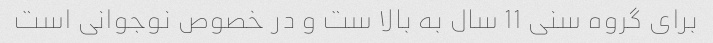
برای گروه سنی 11 سال به بالا ست و در خصوص نوجوانی است